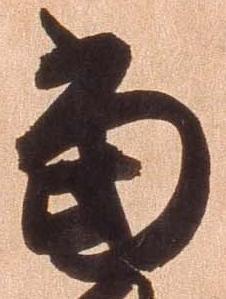
当